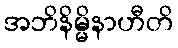
အဘိနိမ္မိနာဟီတိ